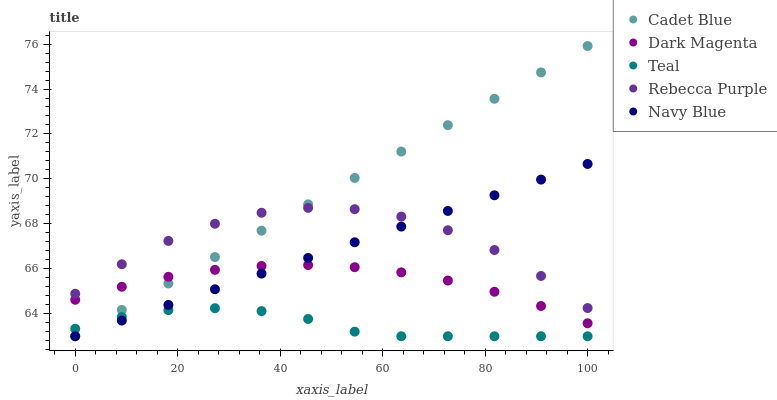
| xaxis_label | Cadet Blue | Dark Magenta | Teal | Rebecca Purple | Navy Blue |
 | --- | --- | --- | --- | --- | --- |
 | 0 | 63 | 64.6 | 63.3 | 64.9 | 63 |
 | 9.09 | 64.2 | 65.2 | 63.9 | 66.2 | 63.7 |
 | 18.2 | 65.3 | 65.6 | 64.2 | 67.2 | 64.4 |
 | 27.3 | 66.5 | 66 | 64.2 | 68 | 65.1 |
 | 36.4 | 67.7 | 66.1 | 64.1 | 68.5 | 65.8 |
 | 45.5 | 68.9 | 66.2 | 63.8 | 68.7 | 66.5 |
 | 54.5 | 70 | 66.1 | 63.2 | 68.7 | 67.2 |
 | 63.6 | 71.2 | 65.8 | 63 | 68.3 | 67.9 |
 | 72.7 | 72.4 | 65.5 | 63 | 67.7 | 68.6 |
 | 81.8 | 73.6 | 65 | 63 | 66.8 | 69.3 |
 | 90.9 | 74.7 | 64.3 | 63 | 65.7 | 70 |
 | 100 | 75.9 | 63.6 | 63 | 64.3 | 70.7 |